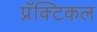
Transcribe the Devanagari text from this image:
प्रॅक्टिकल